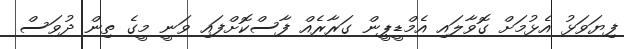
ފިޔަވަޅު އެޅުމަށް ގޮވާލައި އެމްޑީޕީން ގަރާރެއް ފާސްކޮށްފައި ވަނީ މީގެ ތިން ދުވަސް